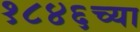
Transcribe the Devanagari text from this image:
१८४६च्या